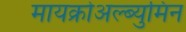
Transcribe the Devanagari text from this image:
मायक्रोअल्ब्युमिन